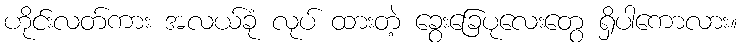
ဟိုင်းလတ်ကား အလယ်ခုံ လုပ် ထားတဲ့ ခွေးခြေပုလေးတွေ ရှိပါကောလား။